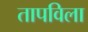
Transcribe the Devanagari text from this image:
तापविला